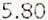
5.80